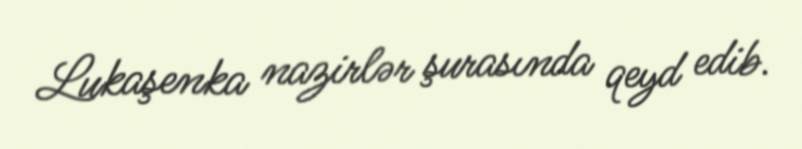
Lukaşenka nazirlər şurasında qeyd edib.